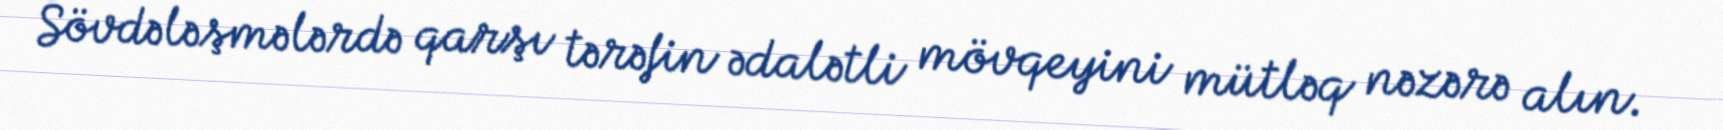
Sövdələşmələrdə qarşı tərəfin ədalətli mövqeyini mütləq nəzərə alın.